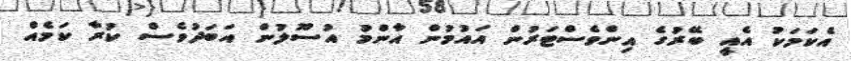
އެކަމަކު އެއީ ބޭރުގެ އިންވެސްޓަރުން އައުމުން އާންމު އުސޫލުން އަބަދުވެސް ކުރާ ކަމެއް